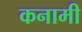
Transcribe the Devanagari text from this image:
कनामी